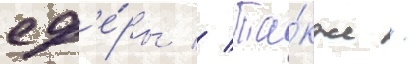
сф'е́ры // Та́кже /